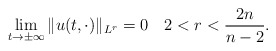
\begin{align*} \lim_{t\to \pm\infty} \|u(t,\cdot)\|_{L^{r}}=0 \quad 2 < r < \frac{2n}{n-2}. \end{align*}